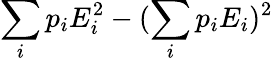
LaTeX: \sum_{i}p_{i}E_{i}^{2}-(\sum_{i}p_{i}E_{i})^{2}